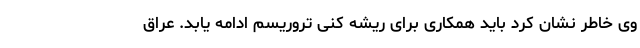
وی خاطر نشان کرد باید همکاری برای ریشه کنی تروریسم ادامه یابد. عراق